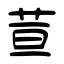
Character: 荁